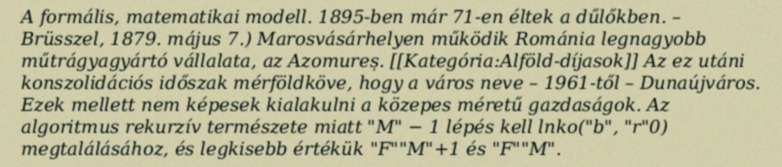
A formális, matematikai modell. 1895-ben már 71-en éltek a dűlőkben. – Brüsszel, 1879. május 7.) Marosvásárhelyen működik Románia legnagyobb műtrágyagyártó vállalata, az Azomureș. [[Kategória:Alföld-díjasok]] Az ez utáni konszolidációs időszak mérföldköve, hogy a város neve – 1961-től – Dunaújváros. Ezek mellett nem képesek kialakulni a közepes méretű gazdaságok. Az algoritmus rekurzív természete miatt "M" − 1 lépés kell lnko("b", "r"0) megtalálásához, és legkisebb értékük "F""M"+1 és "F""M".